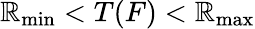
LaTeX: \mathbb{R}_{\mathrm{{min}}}<T(F)<\mathbb{R}_{\mathrm{{max}}}